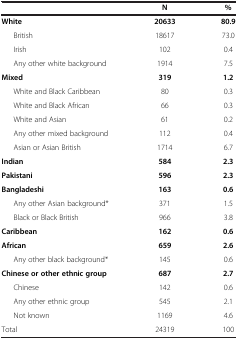
<table><thead><tr><td><b> </b></td><td><b>N</b></td><td><b>%</b></td></tr></thead><tbody><tr><td><b>White</b></td><td><b>20633</b></td><td><b>80.9</b></td></tr><tr><td>British</td><td>18617</td><td>73.0</td></tr><tr><td>Irish</td><td>102</td><td>0.4</td></tr><tr><td>Any other white background</td><td>1914</td><td>7.5</td></tr><tr><td><b>Mixed</b></td><td><b>319</b></td><td><b>1.2</b></td></tr><tr><td>White and Black Caribbean</td><td>80</td><td>0.3</td></tr><tr><td>White and Black African</td><td>66</td><td>0.3</td></tr><tr><td>White and Asian</td><td>61</td><td>0.2</td></tr><tr><td>Any other mixed background</td><td>112</td><td>0.4</td></tr><tr><td>Asian or Asian British</td><td>1714</td><td>6.7</td></tr><tr><td><b>Indian</b></td><td><b>584</b></td><td><b>2.3</b></td></tr><tr><td><b>Pakistani</b></td><td><b>596</b></td><td><b>2.3</b></td></tr><tr><td><b>Bangladeshi</b></td><td><b>163</b></td><td><b>0.6</b></td></tr><tr><td>Any other Asian background*</td><td>371</td><td>1.5</td></tr><tr><td>Black or Black British</td><td>966</td><td>3.8</td></tr><tr><td><b>Caribbean</b></td><td><b>162</b></td><td><b>0.6</b></td></tr><tr><td><b>African</b></td><td><b>659</b></td><td><b>2.6</b></td></tr><tr><td>Any other black background*</td><td>145</td><td>0.6</td></tr><tr><td><b>Chinese or other ethnic group</b></td><td><b>687</b></td><td><b>2.7</b></td></tr><tr><td>Chinese</td><td>142</td><td>0.6</td></tr><tr><td>Any other ethnic group</td><td>545</td><td>2.1</td></tr><tr><td>Not known</td><td>1169</td><td>4.6</td></tr><tr><td>Total</td><td>24319</td><td>100</td></tr></tbody></table>